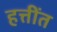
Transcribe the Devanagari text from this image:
हत्तींत